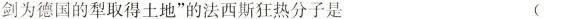
剑为德国的犁取得土地”的法西斯狂热分子是 ( )